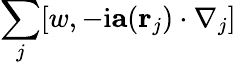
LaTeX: \sum_{j}[w,-\mathrm{i}\mathbf{a}(\mathbf{r}_{j})\cdot\nabla_{j}]